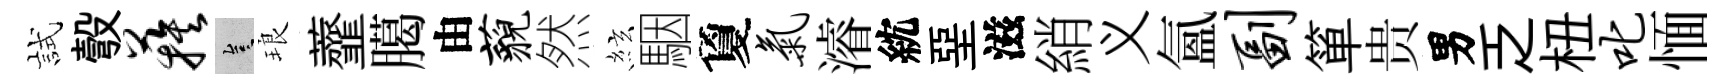
試彀蔟豈琅虀臈由藐然絃駰夐气濬紞堊滋綃义氳副箪贵男乏杻叱愐